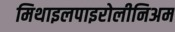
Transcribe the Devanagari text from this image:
मिथाइलपाइरोलीनिअम